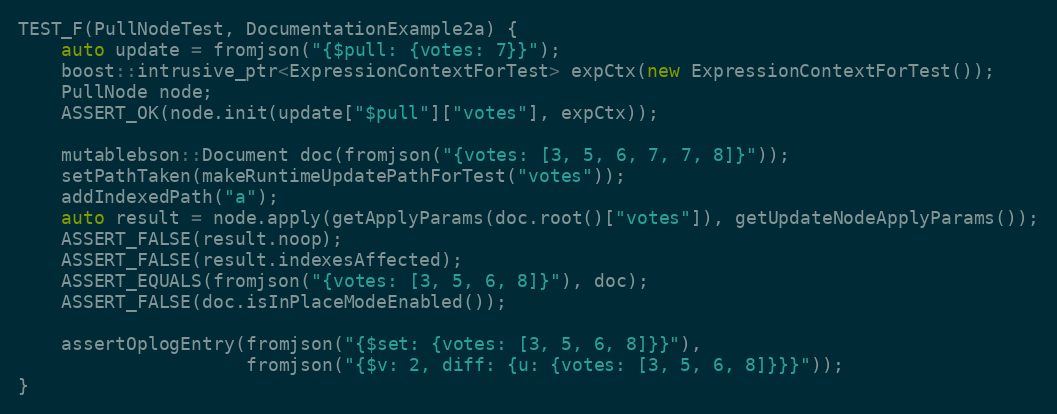
Language: C++
TEST_F(PullNodeTest, DocumentationExample2a) {
    auto update = fromjson("{$pull: {votes: 7}}");
    boost::intrusive_ptr<ExpressionContextForTest> expCtx(new ExpressionContextForTest());
    PullNode node;
    ASSERT_OK(node.init(update["$pull"]["votes"], expCtx));

    mutablebson::Document doc(fromjson("{votes: [3, 5, 6, 7, 7, 8]}"));
    setPathTaken(makeRuntimeUpdatePathForTest("votes"));
    addIndexedPath("a");
    auto result = node.apply(getApplyParams(doc.root()["votes"]), getUpdateNodeApplyParams());
    ASSERT_FALSE(result.noop);
    ASSERT_FALSE(result.indexesAffected);
    ASSERT_EQUALS(fromjson("{votes: [3, 5, 6, 8]}"), doc);
    ASSERT_FALSE(doc.isInPlaceModeEnabled());

    assertOplogEntry(fromjson("{$set: {votes: [3, 5, 6, 8]}}"),
                     fromjson("{$v: 2, diff: {u: {votes: [3, 5, 6, 8]}}}"));
}